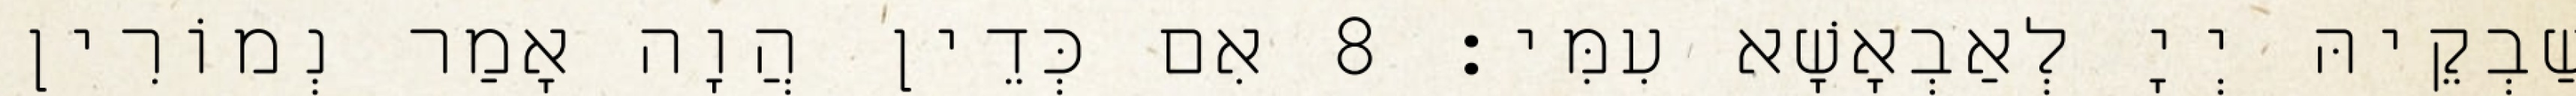
שַׁבְקֵיהּ יְיָ לְאַבְאָשָׁא עִמִּי׃ 8 אִם כְּדֵין הֲוָה אָמַר נְמוֹרִין